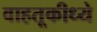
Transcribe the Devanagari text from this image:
वाहतूकीध्ये